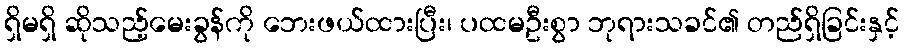
ရှိမရှိ ဆိုသည့်မေးခွန်ကို ဘေးဖယ်ထားပြီး၊ ပထမဦးစွာ ဘုရားသခင်၏ တည်ရှိခြင်းနှင့်